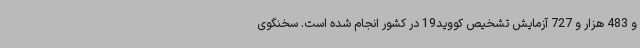
و 483 هزار و 727 آزمایش تشخیص کووید19 در کشور انجام شده است. سخنگوی